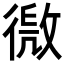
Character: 𢕧